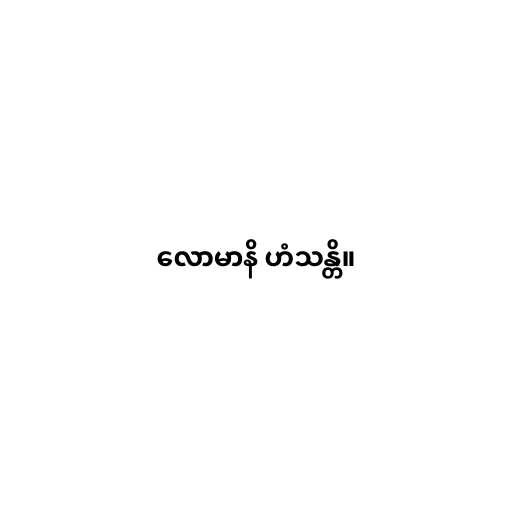
လောမာနိ ဟံသန္တိ။